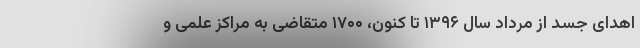
اهدای جسد از مرداد سال ۱۳۹۶ تا کنون، ۱۷۰۰ متقاضی به مراکز علمی و